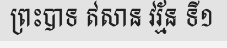
ព្រះបាទ ឥសាន វរ្ម័ន ទី១